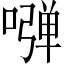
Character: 𠽂